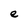
Character: e